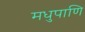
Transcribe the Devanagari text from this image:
मधुपाणि